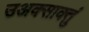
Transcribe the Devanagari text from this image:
उअक्साक्तुं